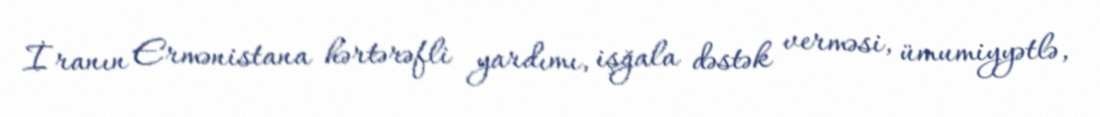
İranın Ermənistana hərtərəfli yardımı, işğala dəstək verməsi, ümumiyyətlə,